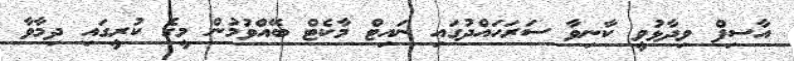
އާސިފް ވިދާޅުވީ ކާނިވާ ސަރަހައްދުގައި ނައިޓް މާކެޓް ބޭއްވުމުން މީގެ ކުރީގައި ދިމާވާ